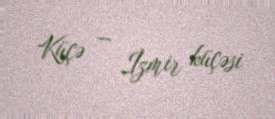
Küçə — İzmir küçəsi